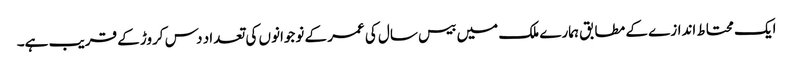
ایک محتاط اندازے کے مطابق ہمارے ملک میں بیس سال کی عمر کے نوجوانوں کی تعداد دس کروڑ کے قریب ہے۔